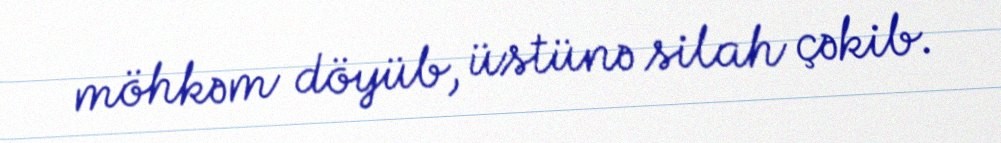
möhkəm döyüb, üstünə silah çəkib.